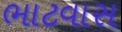
ભાટવાસ